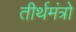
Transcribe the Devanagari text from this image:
तीर्थमंत्रो